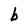
Character: b